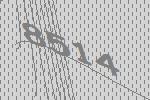
8514